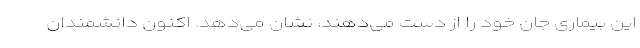
این بیماری جان خود را از دست می‌دهند، نشان می‌دهد. اکنون دانشمندان